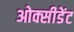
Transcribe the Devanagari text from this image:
ओक्सीडेंट